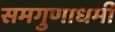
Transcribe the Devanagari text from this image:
समगुणाधर्मी